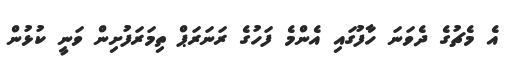
އެ މެޗުގެ ދެވަނަ ހާފުގައި އެންމެ ފަހުގެ ރަނަރަޕް ތިމަރަފުށިން ވަނީ ކުޅުން